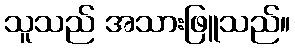
သူသည် အသားဖြူသည်။